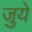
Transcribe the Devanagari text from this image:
जुये